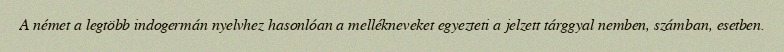
A német a legtöbb indogermán nyelvhez hasonlóan a mellékneveket egyezteti a jelzett tárggyal nemben, számban, esetben.